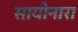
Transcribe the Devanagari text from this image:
सायोनारा